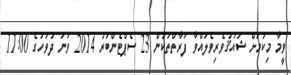
ވީމާ މިކަމަށް ޝައުޤުވެރިވެލައްވާ ފަރާތްތަކުން 23 ސެޕްޓެންބަރު 2014 ވަނަ ދުވަހުގެ 11:00